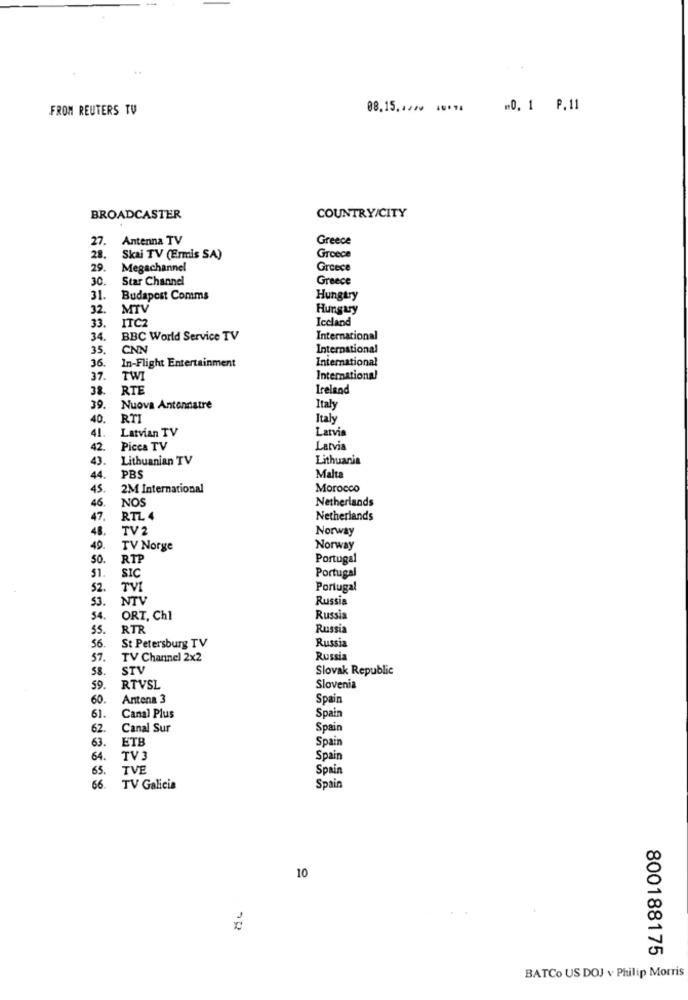
FROM REUTERS TU
08.15,12⑈0 40*74
"0, 1 P.11
BROADCASTER
COUNTRY/CITY
27
Antenna TV
Greece
28.
Skai TV (Ermis SA)
Greece
29.
Megachannel
Greece
30.
Star Channel
Greece
31.
Budapest Comms
Hungtry
32.
MTV
Hungary
33.
ITC2
Iccland
34.
BBC World Service TV
International
35.
CNN
International
36.
International
In-Flight Entertainment
37.
TWI
International
38.
RTE
Ireland
39.
Nuova Antennatre
Italy
40.
RT
Italy
41.
Latvian TV
Latvia
42.
Picea TV
Latvia
43.
Lithuanian TV
Lithuania
PBS
44.
Malta
45.
2M International
Morocco
46.
NOS
Netherlands
47.
RTL 4
Netherlands
48.
TV2
Norway
49.
TV Norge
Norway
50.
RTP
Portugal
51.
SIC
Portugal
52.
TV
Portugal
53.
NTV
Russia
54.
ORT, Ch1
Russia
55.
RTR
Russia
Russia
56.
St Petersburg TV
57.
TV Channel 2x2
Russia
58.
STV
Slovak Republic
59
RTVSL
Slovenia
60.
Antena 3
Spain
61.
Canal Plus
Spain
62.
Canal Sur
Spain
63.
ETB
Spain
64.
TV 3
Spain
65.
TVE
Spain
66.
TV Galicia
Spain
10
800188175
BATCo US DOJ v Philip Morris